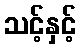
သင့်နှင့်